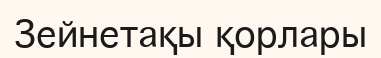
Зейнетақы қорлары